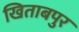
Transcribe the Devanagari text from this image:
खिताबपुर